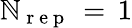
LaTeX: \mathbb{N}_{\mathrm{{~r~e~p~}}}\, =\, 1